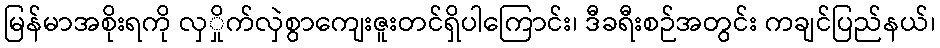
မြန်မာအစိုးရကို လှှိုက်လှဲစွာကျေးဇူးတင်ရှိပါကြောင်း၊ ဒီခရီးစဉ်အတွင်း ကချင်ပြည်နယ်၊